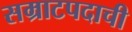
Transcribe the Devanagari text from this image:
सम्राटपदाची